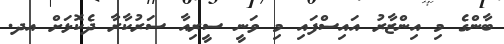
ބާންގެ މި އިންޒާރު އައިސްފައި މި ވަނީ ސީރިއާ ސަރުކާރާ ދެކޮޅަށް އދ.